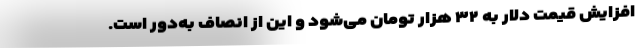
افزایش قیمت دلار به ۳۲ هزار تومان می‌شود و این از انصاف به‌دور است.